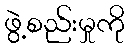
ဖွဲ့စည်းမှုကို